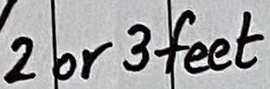
Text: 2 or 3 feet